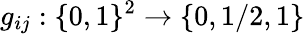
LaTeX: g_{ij}:\{ 0,1\} ^{2}\rightarrow\{ 0,1/2,1\}